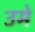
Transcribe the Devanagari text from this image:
उमे